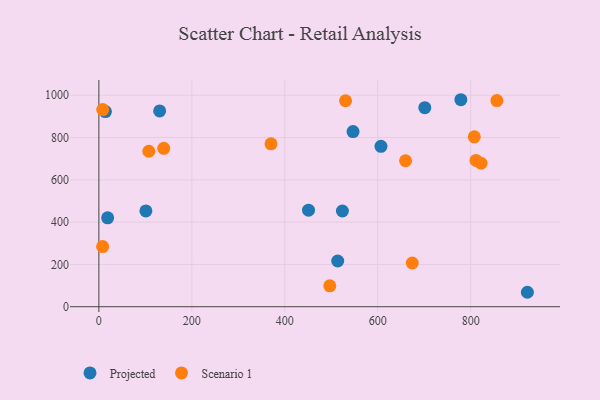
{"axis": {"x": "Investment", "y": "Exam Score"}, "legend": ["Projected", "Scenario 1"], "data": [{"x": "451.1", "y": 456.5, "type": "Projected"}, {"x": "546.9", "y": 828.2, "type": "Projected"}, {"x": "701.3", "y": 941.3, "type": "Projected"}, {"x": "513.9", "y": 216.3, "type": "Projected"}, {"x": "130.8", "y": 925.8, "type": "Projected"}, {"x": "607.0", "y": 758.8, "type": "Projected"}, {"x": "524.0", "y": 452.6, "type": "Projected"}, {"x": "14.1", "y": 922.8, "type": "Projected"}, {"x": "922.0", "y": 68.3, "type": "Projected"}, {"x": "778.9", "y": 979.0, "type": "Projected"}, {"x": "101.2", "y": 453.1, "type": "Projected"}, {"x": "18.9", "y": 420.5, "type": "Projected"}, {"x": "807.8", "y": 803.6, "type": "Scenario 1"}, {"x": "811.4", "y": 691.7, "type": "Scenario 1"}, {"x": "496.9", "y": 98.9, "type": "Scenario 1"}, {"x": "659.9", "y": 690.3, "type": "Scenario 1"}, {"x": "370.4", "y": 770.5, "type": "Scenario 1"}, {"x": "8.3", "y": 932.5, "type": "Scenario 1"}, {"x": "674.3", "y": 206.7, "type": "Scenario 1"}, {"x": "856.4", "y": 974.8, "type": "Scenario 1"}, {"x": "8.1", "y": 284.6, "type": "Scenario 1"}, {"x": "107.5", "y": 735.2, "type": "Scenario 1"}, {"x": "530.8", "y": 974.2, "type": "Scenario 1"}, {"x": "139.6", "y": 749.3, "type": "Scenario 1"}, {"x": "822.3", "y": 678.5, "type": "Scenario 1"}]}